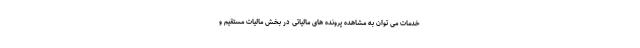
خدمات می توان به مشاهده پرونده های مالیاتی در بخش مالیات مستقیم و